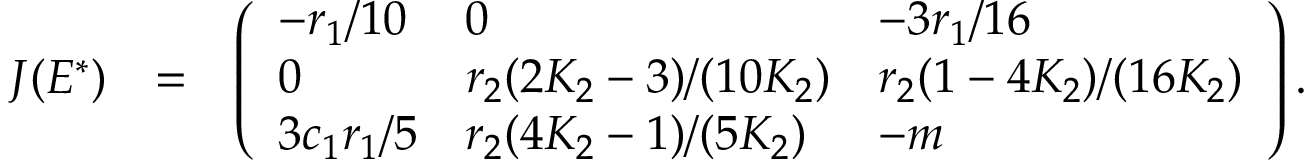
\begin{array} { r l r } { J ( E ^ { * } ) } & { = } & { \left( \begin{array} { l l l } { - r _ { 1 } / 1 0 } & { 0 } & { - 3 r _ { 1 } / 1 6 } \\ { 0 } & { r _ { 2 } ( 2 K _ { 2 } - 3 ) / ( 1 0 K _ { 2 } ) } & { r _ { 2 } ( 1 - 4 K _ { 2 } ) / ( 1 6 K _ { 2 } ) } \\ { 3 c _ { 1 } r _ { 1 } / 5 } & { r _ { 2 } ( 4 K _ { 2 } - 1 ) / ( 5 K _ { 2 } ) } & { - m } \end{array} \right) . } \end{array}